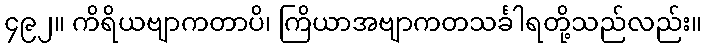
၄၉၂။ ကိရိယဗျာကတာပိ၊ ကြိယာအဗျာကတသင်္ခါရတို့သည်လည်း။